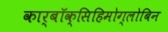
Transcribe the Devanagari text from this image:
कार्बॉक्सिहिमोग्लोबिन